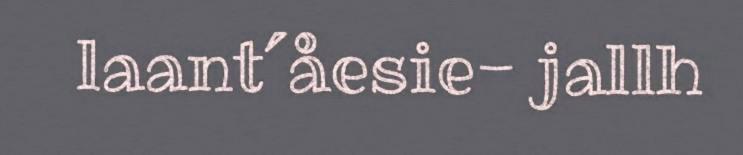
laant´åesie- jallh